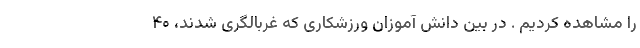
را مشاهده کردیم . در بین دانش آموزان ورزشکاری که غربالگری شدند، ۴۰